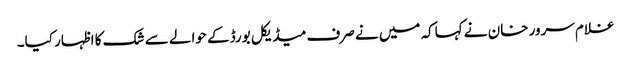
غلام سرور خان نے کہاکہ میں نے صرف میڈیکل بورڈ کے حوالے سے شک کا اظہار کیا۔